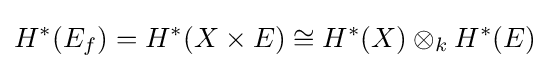
H^{*}(E_{f})=H^{*}(X\times E)\cong H^{*}(X)\otimes _{k}H^{*}(E)